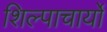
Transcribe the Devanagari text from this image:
शिल्पाचार्यो